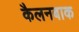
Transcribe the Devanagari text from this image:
कैलनबाक